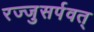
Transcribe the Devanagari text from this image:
रज्जुसर्पवत्